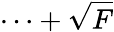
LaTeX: \cdots+\sqrt{F}